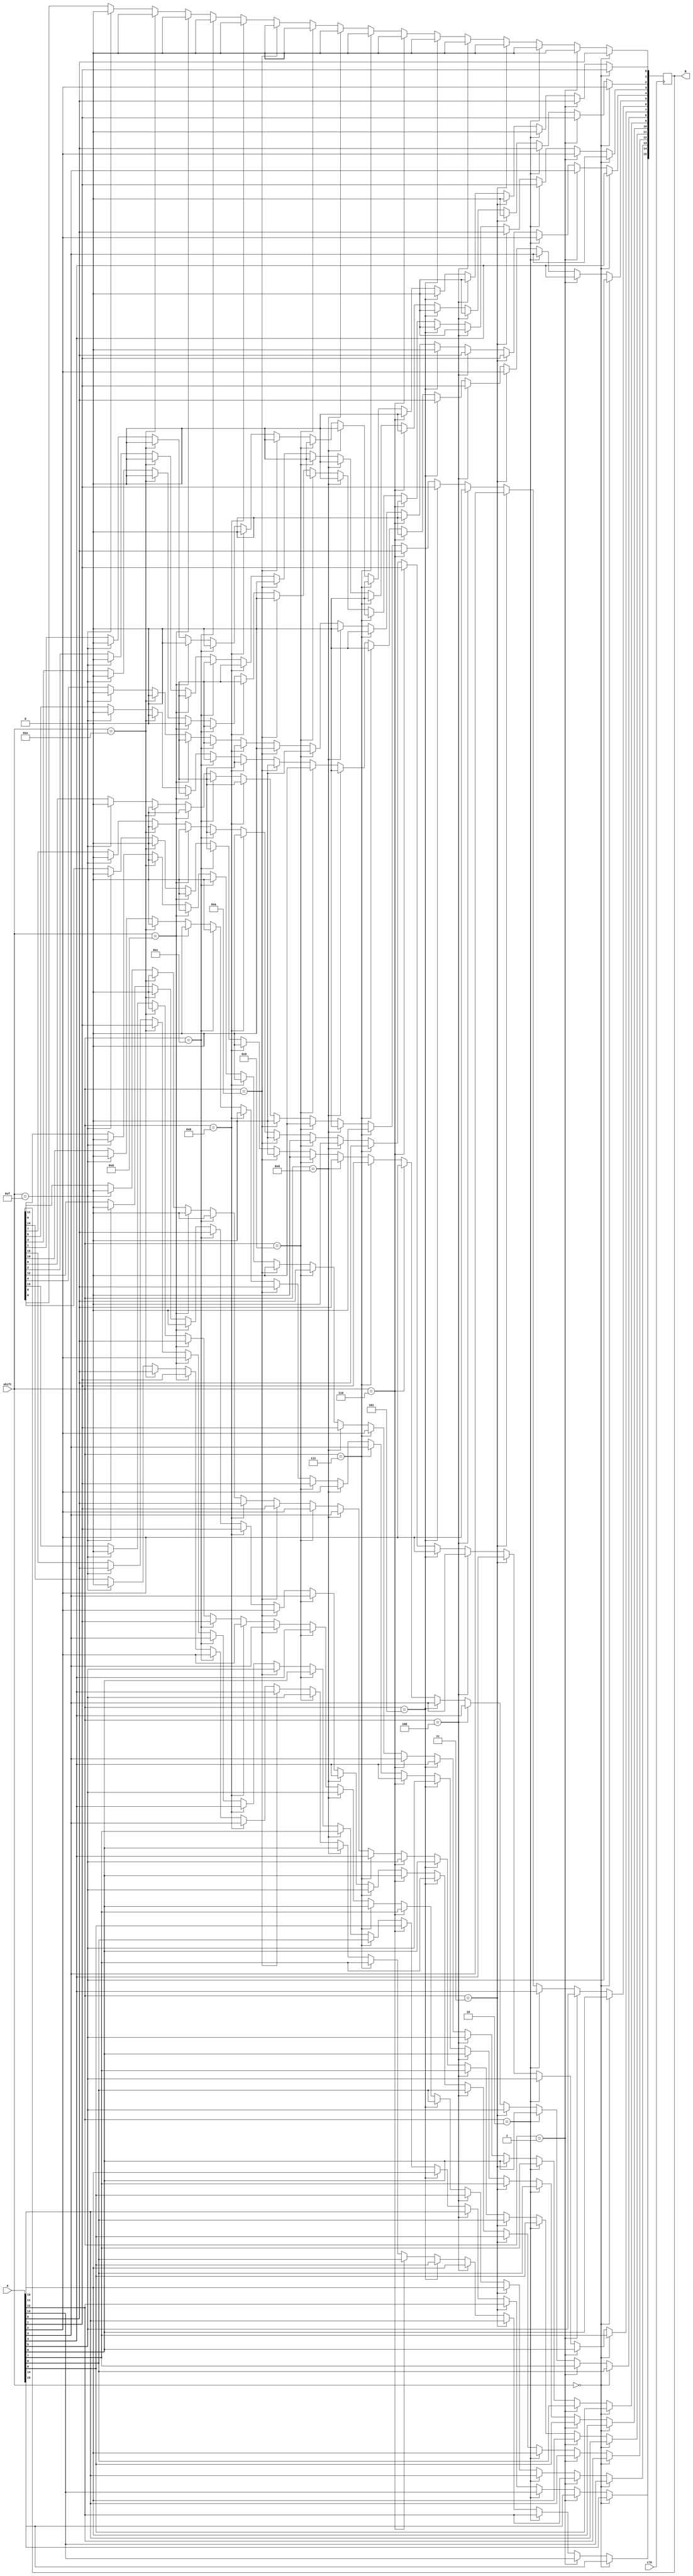
`timescale 1ns / 1ps
//////////////////////////////////////////////////////////////////////////////////
// Company: 
// Engineer: 
// 
// Design Name: 
// Module Name:    left_shift 
// Project Name: 
// Target Devices: 
// Tool versions: 
// Description: 
//
// Dependencies: 
//
// Revision: 
// Revision 0.01 - File Created
// Additional Comments: 
//
//////////////////////////////////////////////////////////////////////////////////
module left_shift(clk,A,shift,B
    );
        input clk; 
        input [15:0]A;
        input [3:0]shift;
        output [15:0]B;
        reg [15:0]B;
        initial begin
            B<=0;
        end
        always@(posedge clk) begin
                if(shift==0) begin
                        B<=A;
                end
                else if(shift==1) begin
                        B[15:1]<=A[14:0];
                        B[0]<=0;
                end
                else if(shift==2) begin
                        B[15:2]<=A[13:0];
                        B[1:0]<=0;
                end
                else if(shift==3) begin
                        B[15:3]<=A[12:0];
                        B[2:0]<=0;
                end
                else if(shift==4) begin
                        B[15:4]<=A[11:0];
                        B[3:0]<=0;
                end
                else if(shift==5) begin
                        B[15:5]<=A[10:0];
                        B[4:0]<=0;
                end
                else if(shift==6) begin
                        B[15:6]<=A[9:0];
                        B[5:0]<=0;
                end
                else if(shift==7) begin
                        B[15:7]<=A[8:0];
                        B[6:0]<=0;
                end
                else if(shift==8) begin
                        B[15:8]<=A[7:0];
                        B[7:0]<=0;
                end
                else if(shift==9) begin
                        B[15:9]<=A[6:0];
                        B[8:0]<=0;
                end
                else if(shift==10) begin
                        B[15:10]<=A[5:0];
                        B[9:0]<=0;
                end
                else if(shift==11) begin
                        B[15:11]<=A[4:0];
                        B[10:0]<=0;
                end
                else if(shift==12) begin
                        B[15:12]<=A[3:0];
                        B[11:0]<=0;
                end
                else if(shift==13) begin
                        B[15:13]<=A[2:0];
                        B[12:0]<=0;
                end
                else if(shift==14) begin
                        B[15:14]<=A[1:0];
                        B[13:0]<=0;
                end
                else if(shift==15) begin
                        B[15]<=A[0];
                        B[14:0]<=0;
                end
        end
endmodule